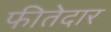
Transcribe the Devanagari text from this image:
फीतेदार